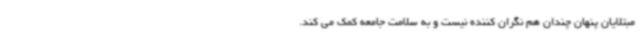
مبتلایان پنهان چندان هم نگران کننده نیست و به سلامت جامعه کمک می کند.